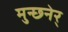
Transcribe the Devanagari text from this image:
मुन्छ्नेर्